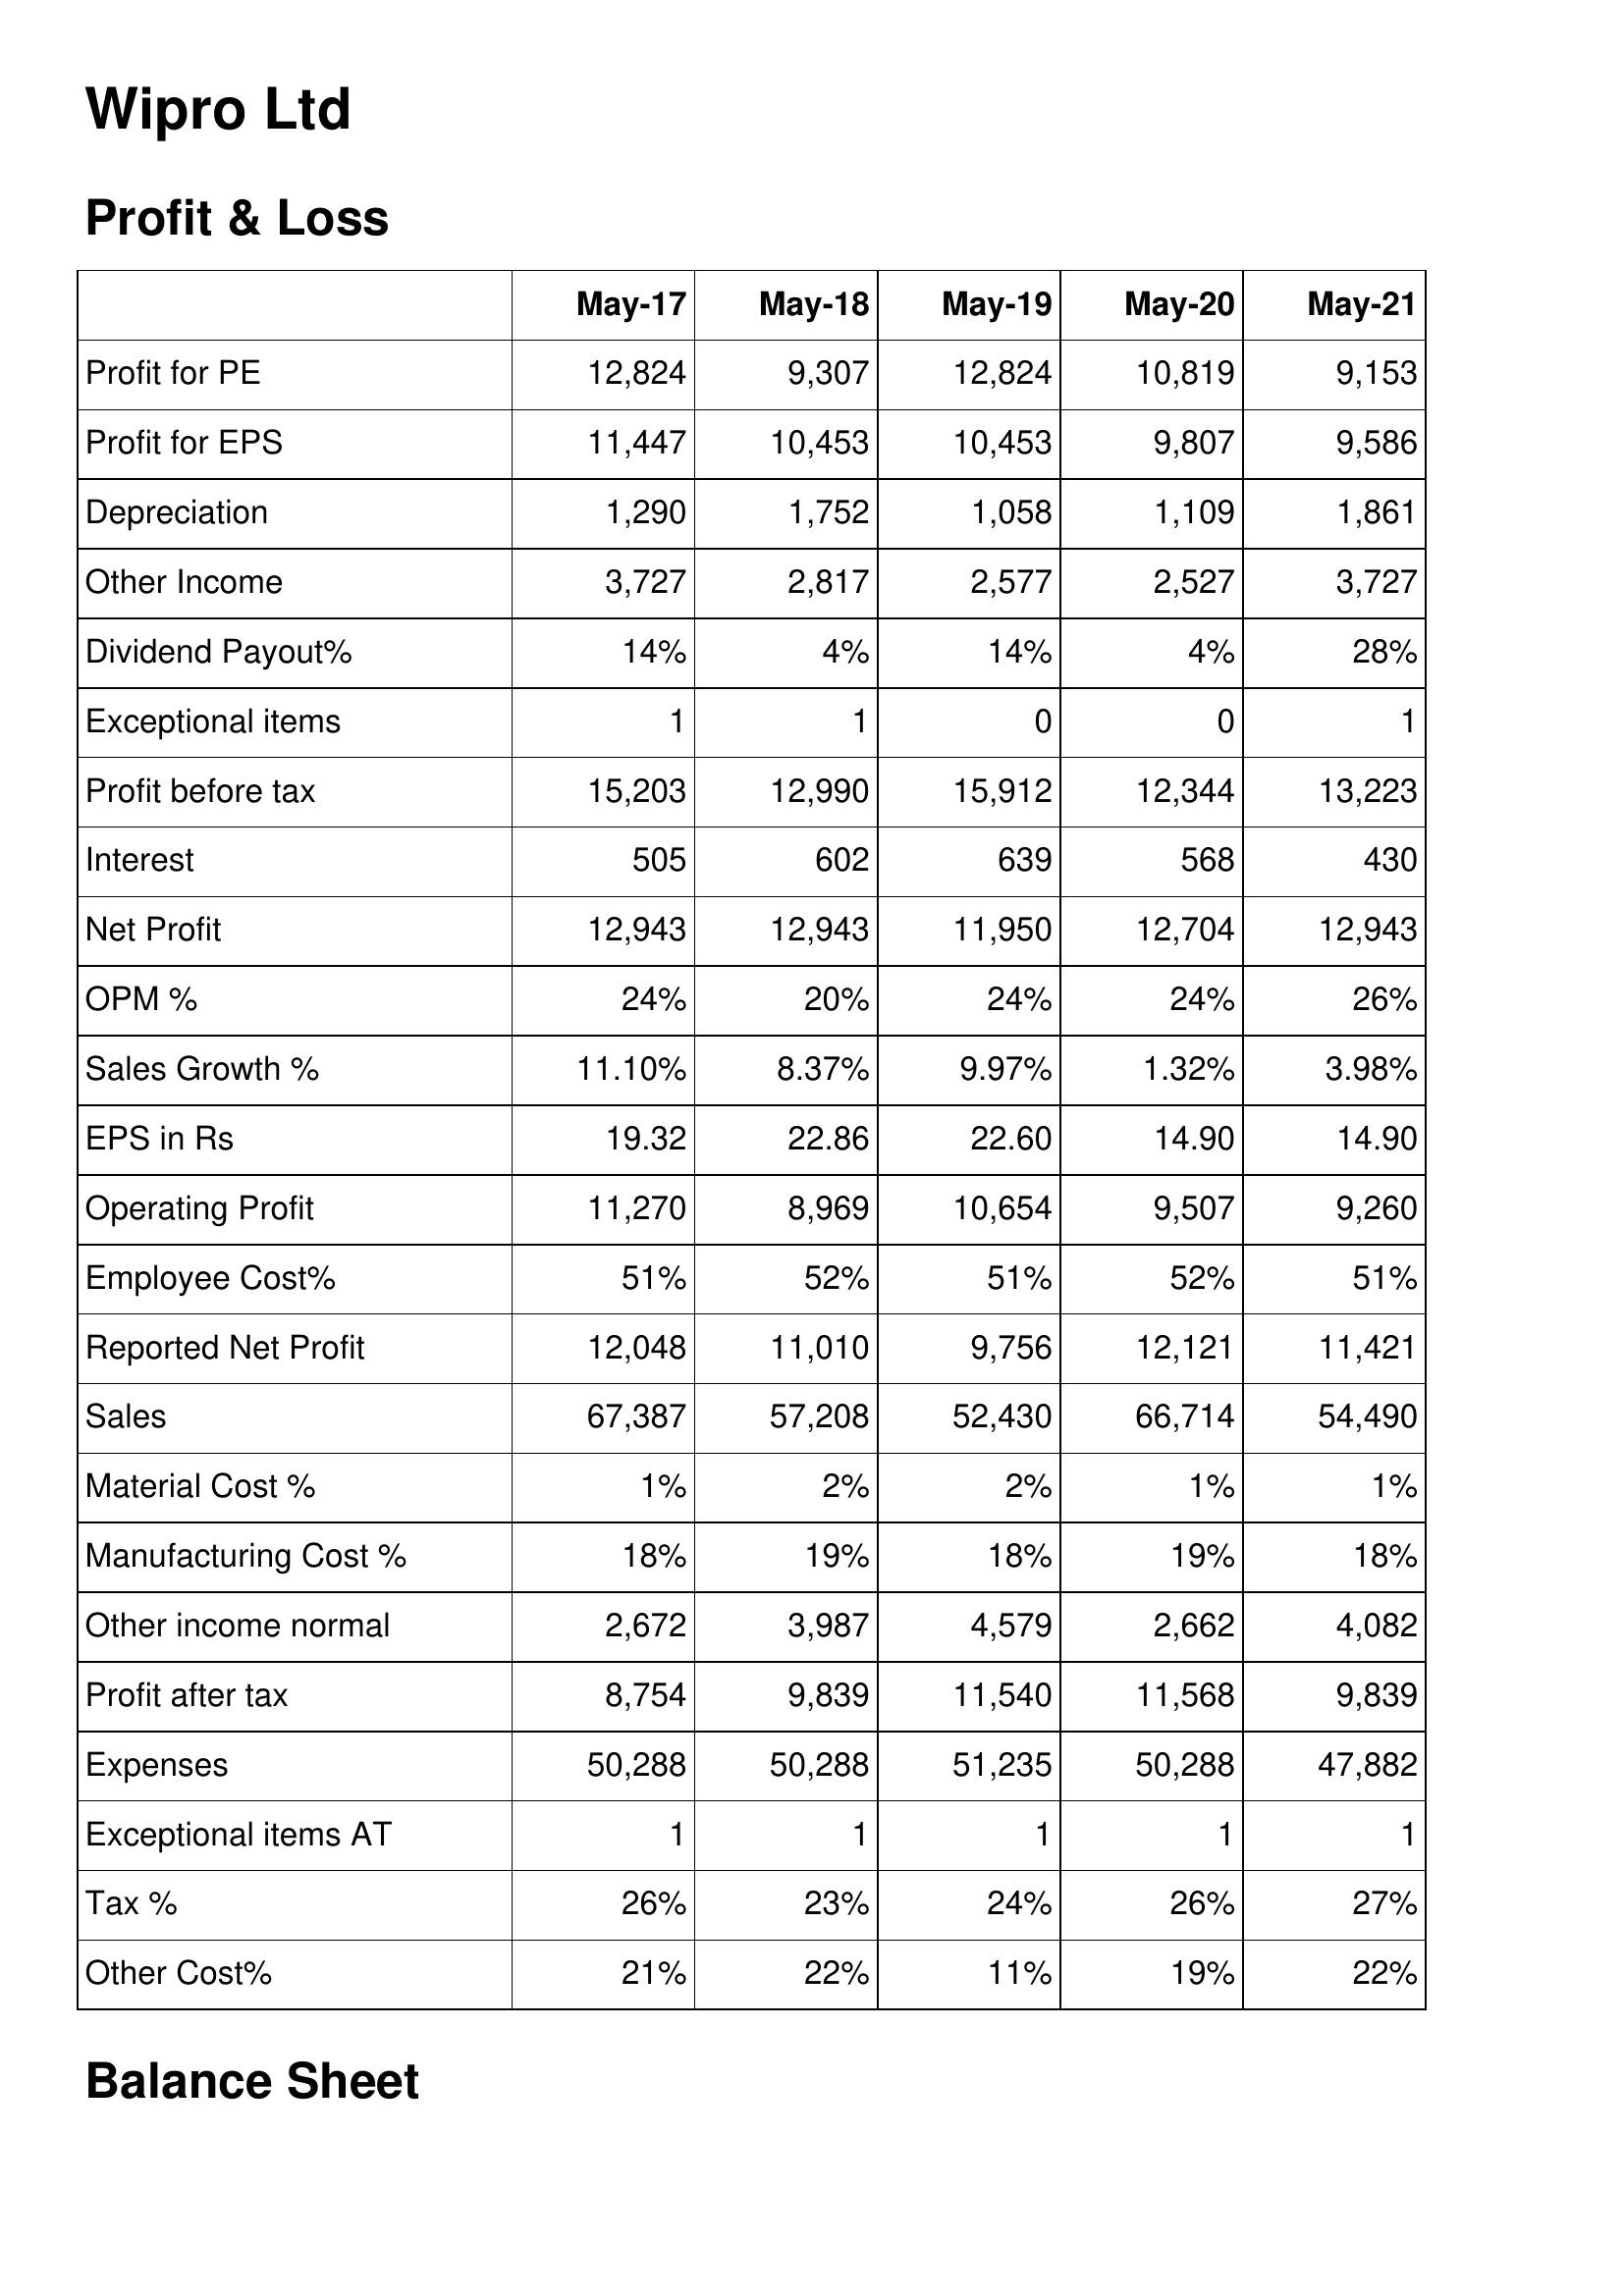
May-17: Profit & Loss: Profit for PE: 12,824
Profit for EPS: 11,447
Depreciation: 1,290
Other Income: 3,727
Dividend Payout%: 14%
Exceptional items: 1
Profit before tax: 15,203
Interest: 505
Net Profit: 12,943
OPM %: 24%
Sales Growth %: 11.10%
EPS in Rs: 19.32
Operating Profit: 11,270
Employee Cost%: 51%
Reported Net Profit: 12,048
Sales: 67,387
Material Cost %: 1%
Manufacturing Cost %: 18%
Other income normal: 2,672
Profit after tax: 8,754
Expenses: 50,288
Exceptional items AT: 1
Tax %: 26%
Other Cost%: 21%
May-18: Profit & Loss: Profit for PE: 9,307
Profit for EPS: 10,453
Depreciation: 1,752
Other Income: 2,817
Dividend Payout%: 4%
Exceptional items: 1
Profit before tax: 12,990
Interest: 602
Net Profit: 12,943
OPM %: 20%
Sales Growth %: 8.37%
EPS in Rs: 22.86
Operating Profit: 8,969
Employee Cost%: 52%
Reported Net Profit: 11,010
Sales: 57,208
Material Cost %: 2%
Manufacturing Cost %: 19%
Other income normal: 3,987
Profit after tax: 9,839
Expenses: 50,288
Exceptional items AT: 1
Tax %: 23%
Other Cost%: 22%
May-19: Profit & Loss: Profit for PE: 12,824
Profit for EPS: 10,453
Depreciation: 1,058
Other Income: 2,577
Dividend Payout%: 14%
Exceptional items: 0
Profit before tax: 15,912
Interest: 639
Net Profit: 11,950
OPM %: 24%
Sales Growth %: 9.97%
EPS in Rs: 22.60
Operating Profit: 10,654
Employee Cost%: 51%
Reported Net Profit: 9,756
Sales: 52,430
Material Cost %: 2%
Manufacturing Cost %: 18%
Other income normal: 4,579
Profit after tax: 11,540
Expenses: 51,235
Exceptional items AT: 1
Tax %: 24%
Other Cost%: 11%
May-20: Profit & Loss: Profit for PE: 10,819
Profit for EPS: 9,807
Depreciation: 1,109
Other Income: 2,527
Dividend Payout%: 4%
Exceptional items: 0
Profit before tax: 12,344
Interest: 568
Net Profit: 12,704
OPM %: 24%
Sales Growth %: 1.32%
EPS in Rs: 14.90
Operating Profit: 9,507
Employee Cost%: 52%
Reported Net Profit: 12,121
Sales: 66,714
Material Cost %: 1%
Manufacturing Cost %: 19%
Other income normal: 2,662
Profit after tax: 11,568
Expenses: 50,288
Exceptional items AT: 1
Tax %: 26%
Other Cost%: 19%
May-21: Profit & Loss: Profit for PE: 9,153
Profit for EPS: 9,586
Depreciation: 1,861
Other Income: 3,727
Dividend Payout%: 28%
Exceptional items: 1
Profit before tax: 13,223
Interest: 430
Net Profit: 12,943
OPM %: 26%
Sales Growth %: 3.98%
EPS in Rs: 14.90
Operating Profit: 9,260
Employee Cost%: 51%
Reported Net Profit: 11,421
Sales: 54,490
Material Cost %: 1%
Manufacturing Cost %: 18%
Other income normal: 4,082
Profit after tax: 9,839
Expenses: 47,882
Exceptional items AT: 1
Tax %: 27%
Other Cost%: 22%